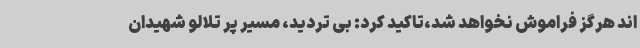
اند هرگز فراموش نخواهد شد،تاکید کرد: بی تردید، مسیر پر تلالو شهیدان